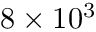
8 \times 1 0 ^ { 3 }